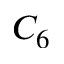
C _ { 6 }